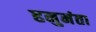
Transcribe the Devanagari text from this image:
हनुमंता